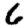
Digit: 6